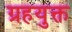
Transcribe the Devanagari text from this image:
ग्रहयुक्त